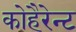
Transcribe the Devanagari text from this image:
कोहैरेन्ट